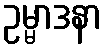
ဥမ္မာဒနာ